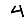
Digit: 4